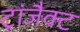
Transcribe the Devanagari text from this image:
ट्रांजैक्ट